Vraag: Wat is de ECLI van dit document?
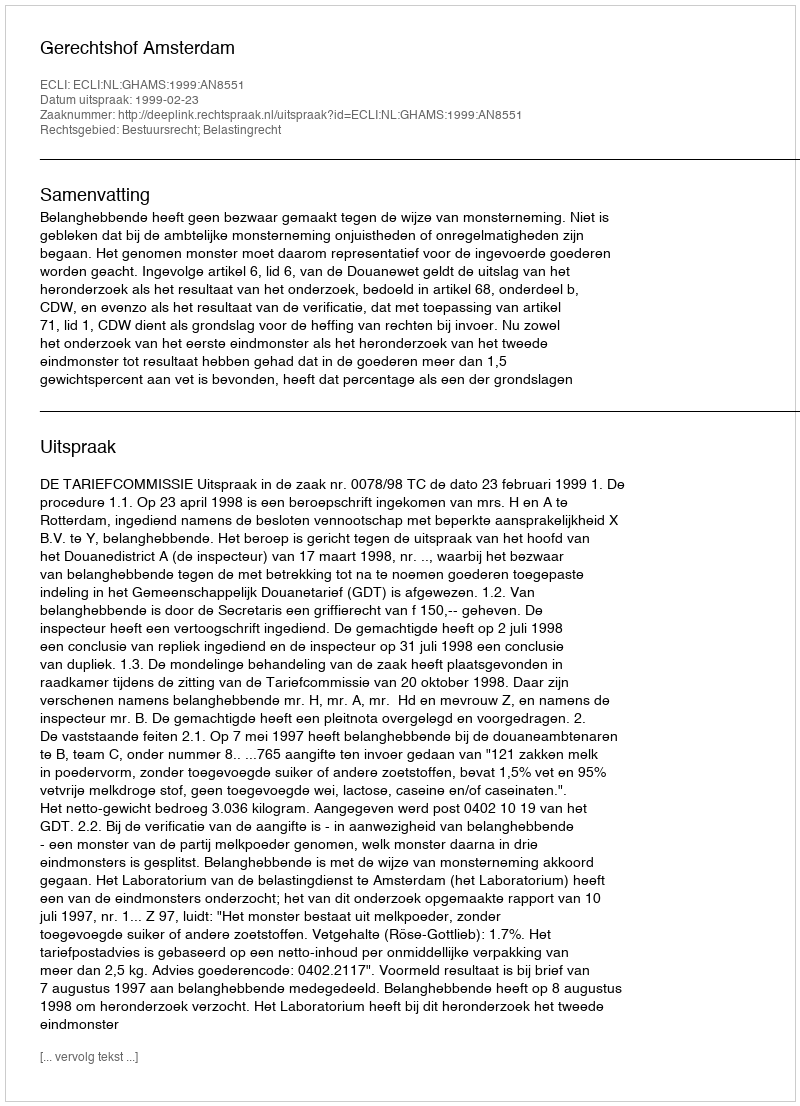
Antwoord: ECLI:NL:GHAMS:1999:AN8551